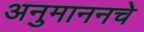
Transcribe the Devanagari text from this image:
अनुमाननचे